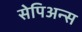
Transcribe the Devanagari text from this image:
सेपिअन्स